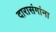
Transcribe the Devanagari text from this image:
दारासंगांना